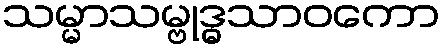
သမ္မာသမ္ဗုဒ္ဓသာဝကော